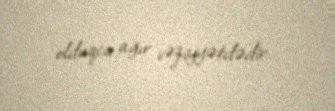
olduqca ağır vəziyyətdədir.